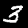
Digit: 3